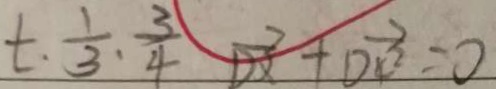
t . \frac { 1 } { 3 } . \frac { 3 } { 4 } \overrightarrow { D x } + \overrightarrow { D 4 ^ { 2 } } = 0